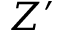
Z ^ { \prime }